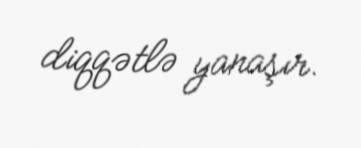
diqqətlə yanaşır.